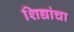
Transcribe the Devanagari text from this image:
शिद्यांचा